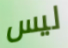
ليس